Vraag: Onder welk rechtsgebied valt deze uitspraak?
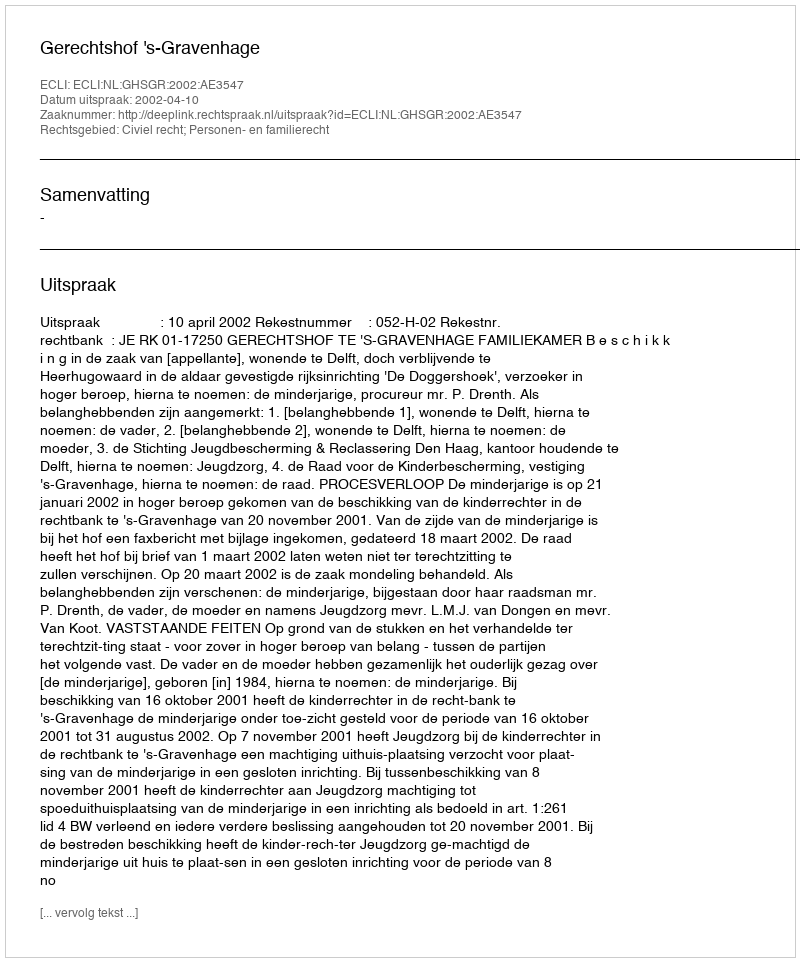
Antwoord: Civiel recht; Personen- en familierecht